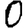
Digit: 0